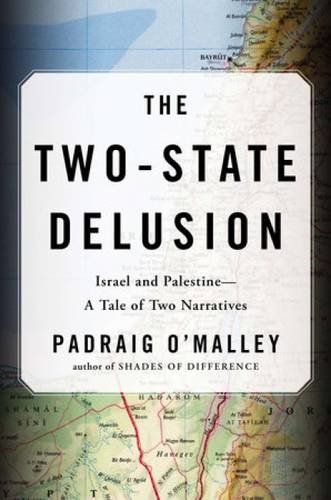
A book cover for The Two-State Delusion: Israel and Palestine EE A Tale of Two Narratives; Padraig O'Malley; History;